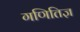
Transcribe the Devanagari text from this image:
गणितिज्ञ